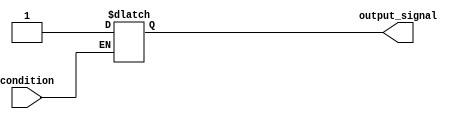
module WaitCondition(
    input wire condition,       // Input condition to monitor
    output reg output_signal    // Output signal reflecting post-condition state
);

    // Initial block to set default state
    initial begin
        output_signal = 1'b0;   // Default state
    end

    // Always block to monitor the condition
    always @(*) begin
        // Wait until the condition becomes true
        if (condition) begin
            // Condition is met, proceed with further logic
            output_signal = 1'b1; // Example logic: set output signal to 1
        end else begin
            // Condition not met, hold output_signal in its current state
            output_signal = output_signal; // Maintain current state
        end
    end

endmodule